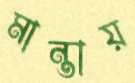
মান্তায়